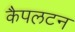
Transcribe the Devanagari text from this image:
कैपलटन